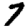
Digit: 7